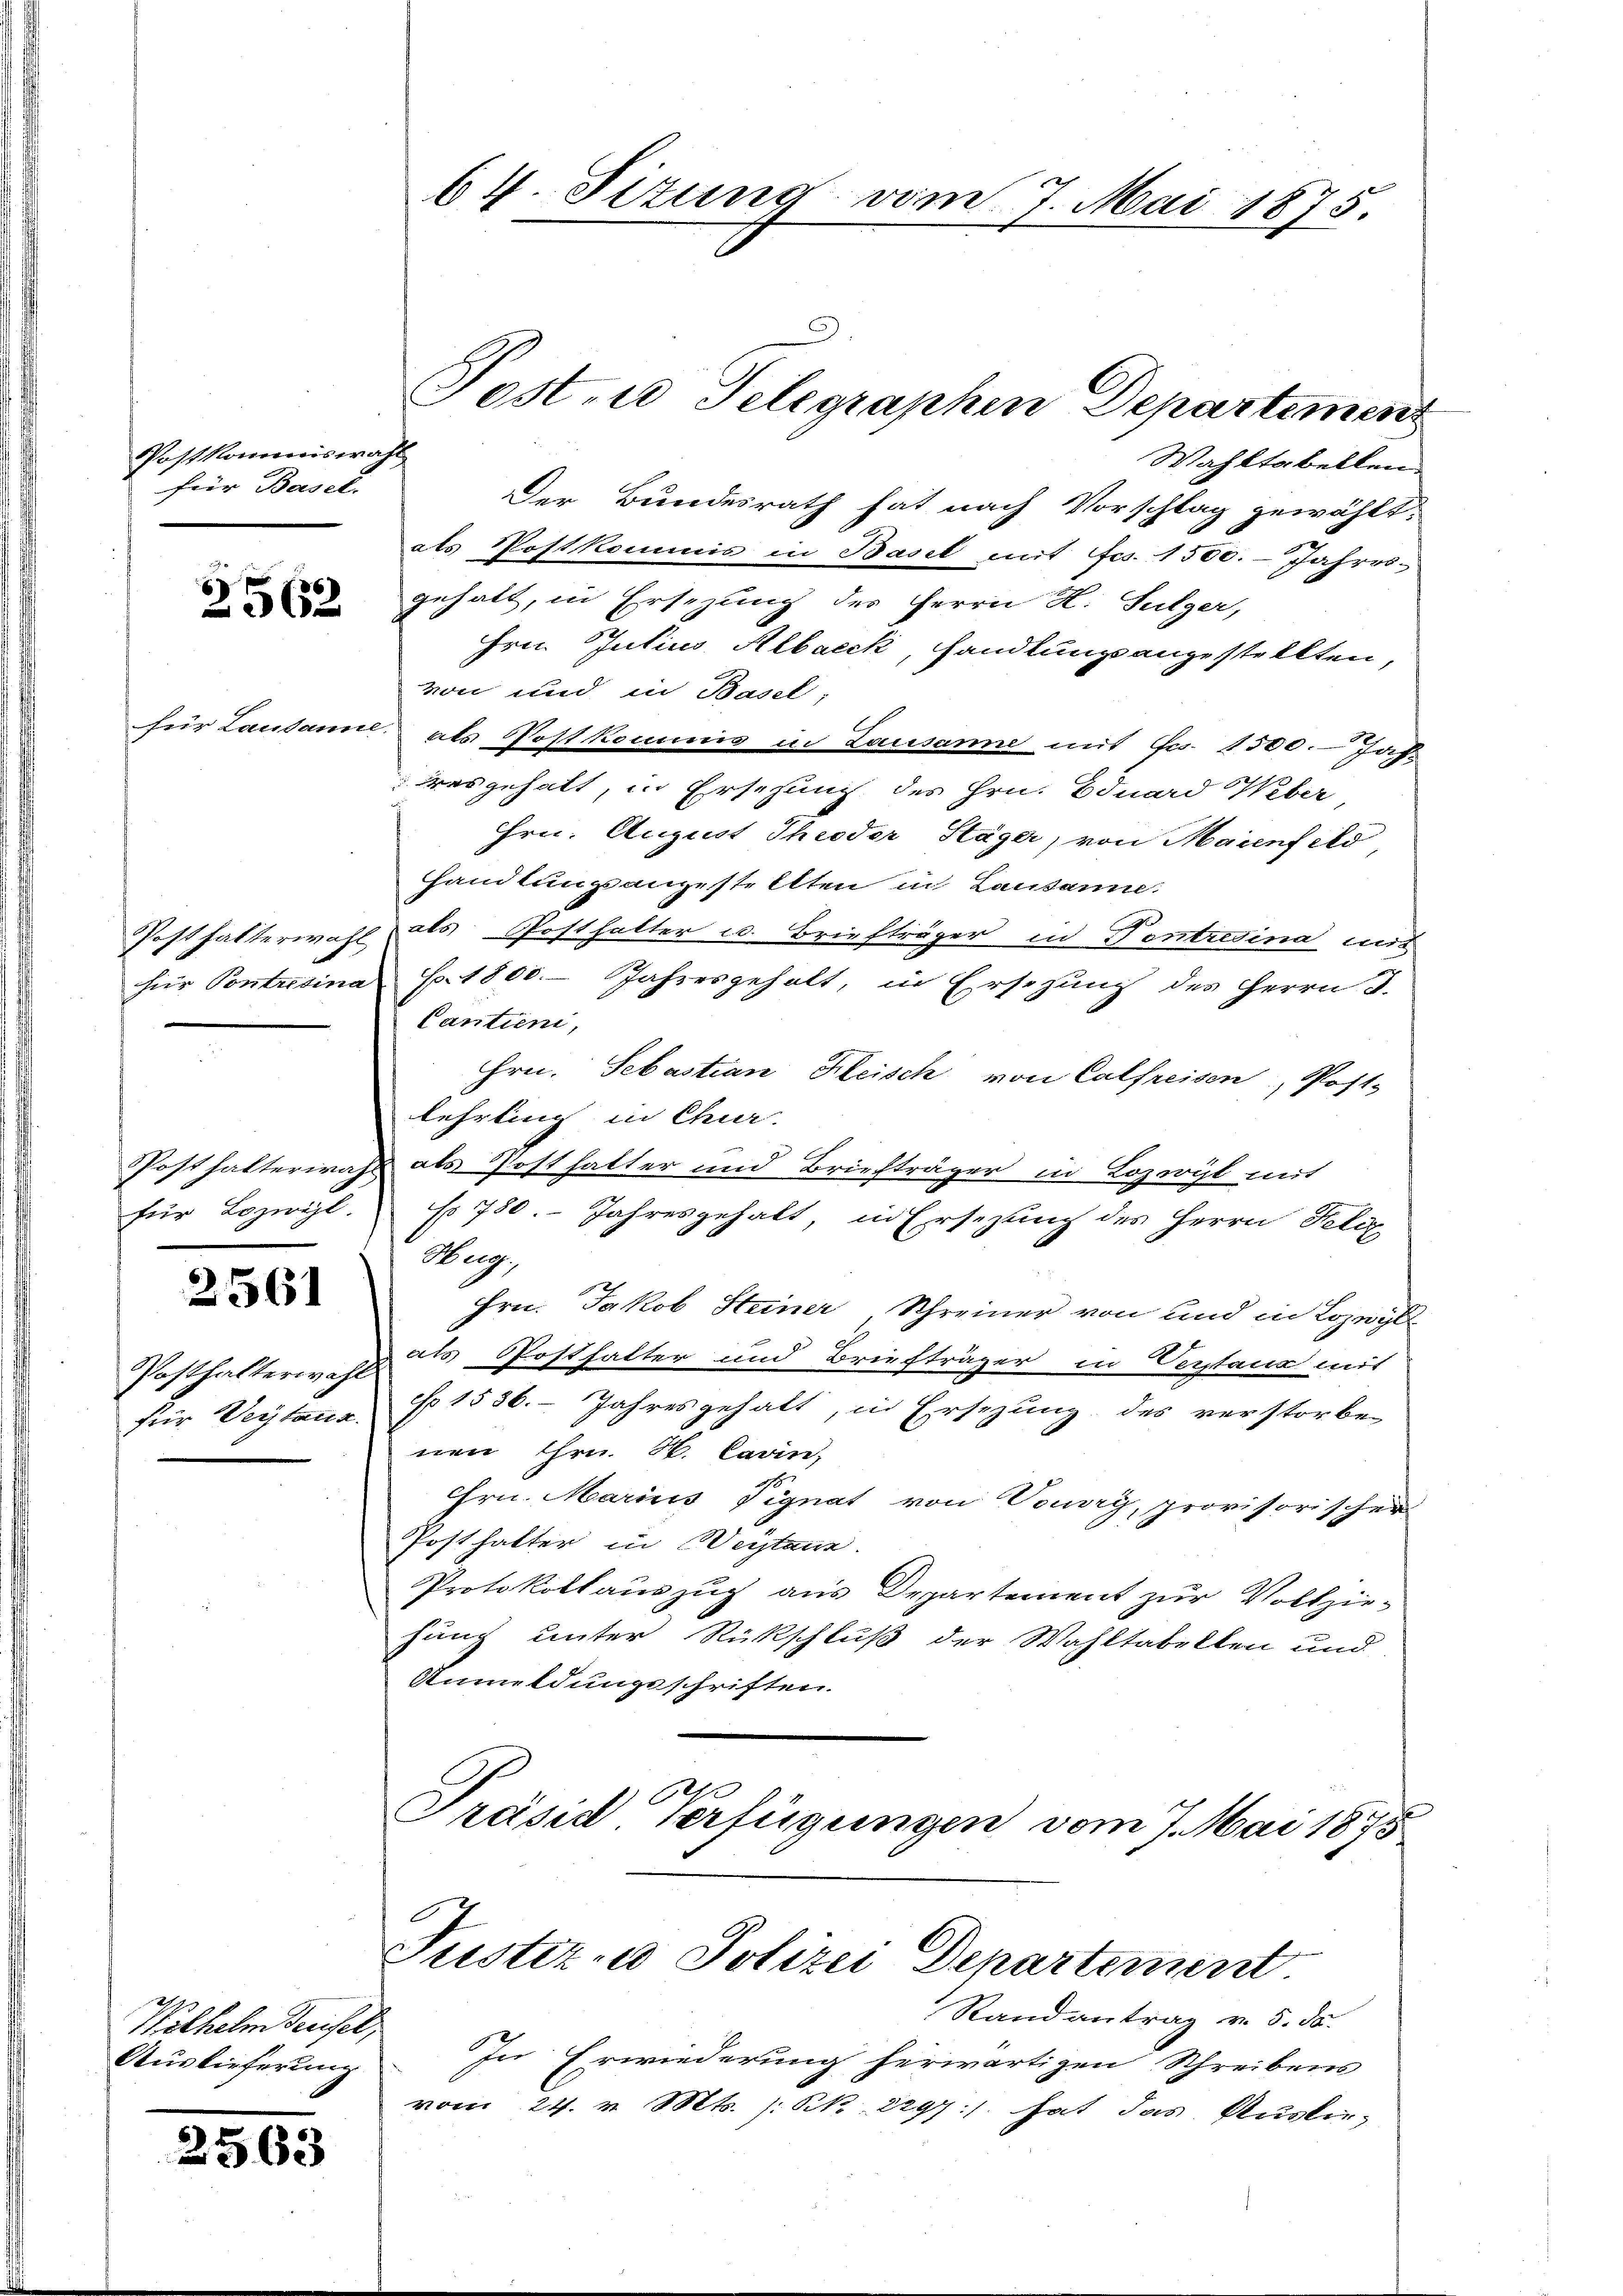
Postkommiswahl
für Basel.

2562

für Lozergl.

2561

Posthalterwahl

Wilhelm Grusel,
Auslieferung

2563

Wahltabellen
Der Bundesrath hat nach Vorschlag gewählt.
als Postkommis in Basel mit es. 1500. Jahres-
gehalt, in Ersezung des Herrn H. Sulzer,
Hrn Julius Albaeck, handlungsangestellten,
von und in Basel,
für Lausanne als Postkommis in Lausanne mit Fr. 1500. Jah-
resgehalt, in Erschung des Hrn. Eduard Weber
Hrn. August Thieder Kläger, von Maienfeld
handlungsangestellten in Lausanne:
Posthalterwahl als Posthalter u. Briefträger in Pontresina mit
für Pontretina S. 1800. Jahresgeholt, in Ersezung des Herrn J.
Cantieni,
Hrn. Sebastian Kleisch von Calfreisen, Post-
Lehrling in Chur.
Posthalterwahl als Post hatter und Briefträger in Lozeryl mit
No 780. Jahresgehalt, in Ersezung des Herrn Poliz
Herg
Hrn. Jakob Steiner, Schreiner von und in Lozwil
als Posthalter und Briefträger in Verstanz mit
für Veytaus No 1556. Jahresgehalt, in Ersezung des verstorbe-
nen Hrn. H. Cavin,
hrn. Marius Pignat von Vouvry, provisorischer
Posthalter in Weistanz.
Protokollauszug aus Departement zur Vollzie-
hung unter Rückschluß der Wahltabellen und
Anmeldungsschriften.
Präsid Verfügungen vom 7. Mai 1875
Justiz- u Polizei Departement.
Randantrag v. 5. ds.
In Erwiederung herwärtigen Schreibens
vom 24. v. Mts. /:Kk. 2297 :/ hat das Ausbe-

64. Sizung

vom 7. Mai 1875.

Post. Telegraphen Departement